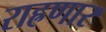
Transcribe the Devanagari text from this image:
राह्रणार